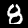
Label: 8